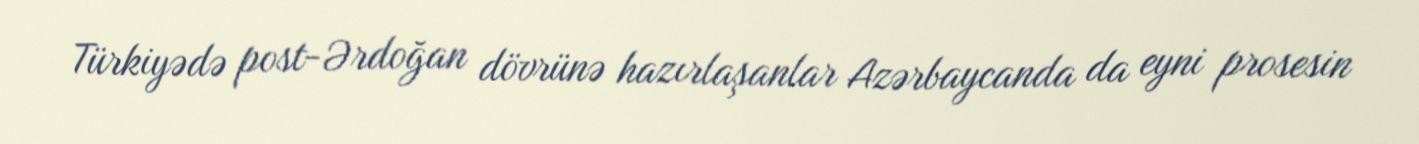
Türkiyədə post-Ərdoğan dövrünə hazırlaşanlar Azərbaycanda da eyni prosesin